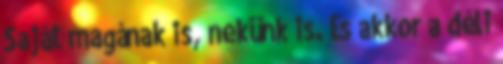
Saját magának is, nekünk is. És akkor a déli